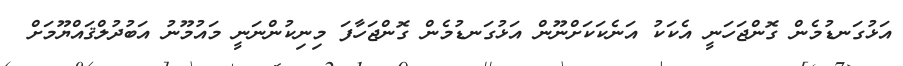
އަޅުގަނޑުމެން ގޮންޖަހަނީ އެކަކު އަނެކަކަށްނޫން އަޅުގަނޑުމެން ގޮންޖަހާފަ މިނިކުންނަނީ މައުމޫނު އަބުދުލްޤައްޔޫމަށް